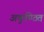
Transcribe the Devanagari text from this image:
अकुण्ठित